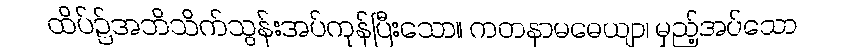
ထိပ်၌အဘိသိက်သွန်းအပ်ကုန်ပြီးသော။ ကတနာမဓေယျာ၊ မှည့်အပ်သော